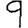
Digit: 9